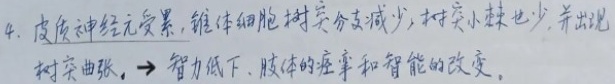
4. 皮质神经元受累，锥体细胞树突分支减少，树突小棘也少，并出现树突曲张，→智力低下、肢体的痉挛和智能的改变。